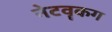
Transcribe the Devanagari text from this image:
नेटवॄकग